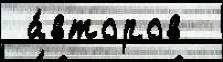
 а́второв